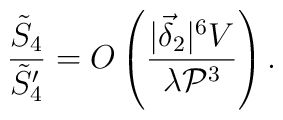
\frac{\tilde{S}_4}{\tilde{S}_4'} = O \left( \frac{|\vec{\delta}_2|^6 V}{\lambda {\cal P}^3}\right) .